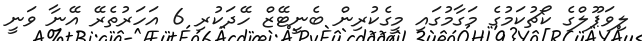
ލިވަޕޫލްގެ ކޯޗުކަމުގެ މަގާމުގައި މީގެކުރިން ބެނީޓޭޒް ހޭދަކުރި 6 އަހަރުތެރޭ އޭނާ ވަނީ